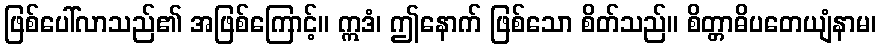
ဖြစ်ပေါ်လာသည်၏ အဖြစ်ကြောင့်။ ဣဒံ၊ ဤနောက် ဖြစ်သော စိတ်သည်။ စိတ္တာဓိပတေယျံနာမ၊